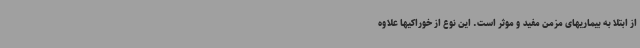
از ابتلا به بیماریهای مزمن مفید و موثر است. این نوع از خوراکیها علاوه